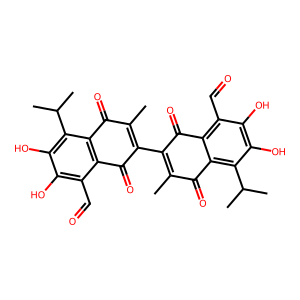
SMILES: CC1=C(C2=C(C)C(=O)c3c(c(C=O)c(O)c(O)c3C(C)C)C2=O)C(=O)c2c(C=O)c(O)c(O)c(C(C)C)c2C1=O
Inhibits HIV replication: No